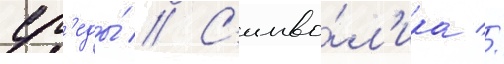
ср'еды́ // С'имво́л'ика //